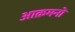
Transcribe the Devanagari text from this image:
आक्रमनो